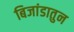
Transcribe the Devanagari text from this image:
बिजांडातुन